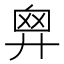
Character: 𢍙